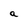
Character: a